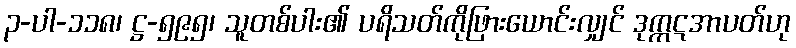
၃-ပါ-၁၁၈၊ ဋ္ဌ-၅၉၅၊ သူတစ်ပါး၏ ပရိသတ်ကိုဖြားယောင်းလျှင် ဒုက္ကဋအာပတ်ဟု